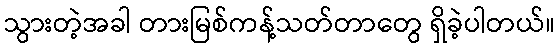
သွားတဲ့အခါ တားမြစ်ကန့်သတ်တာတွေ ရှိခဲ့ပါတယ်။